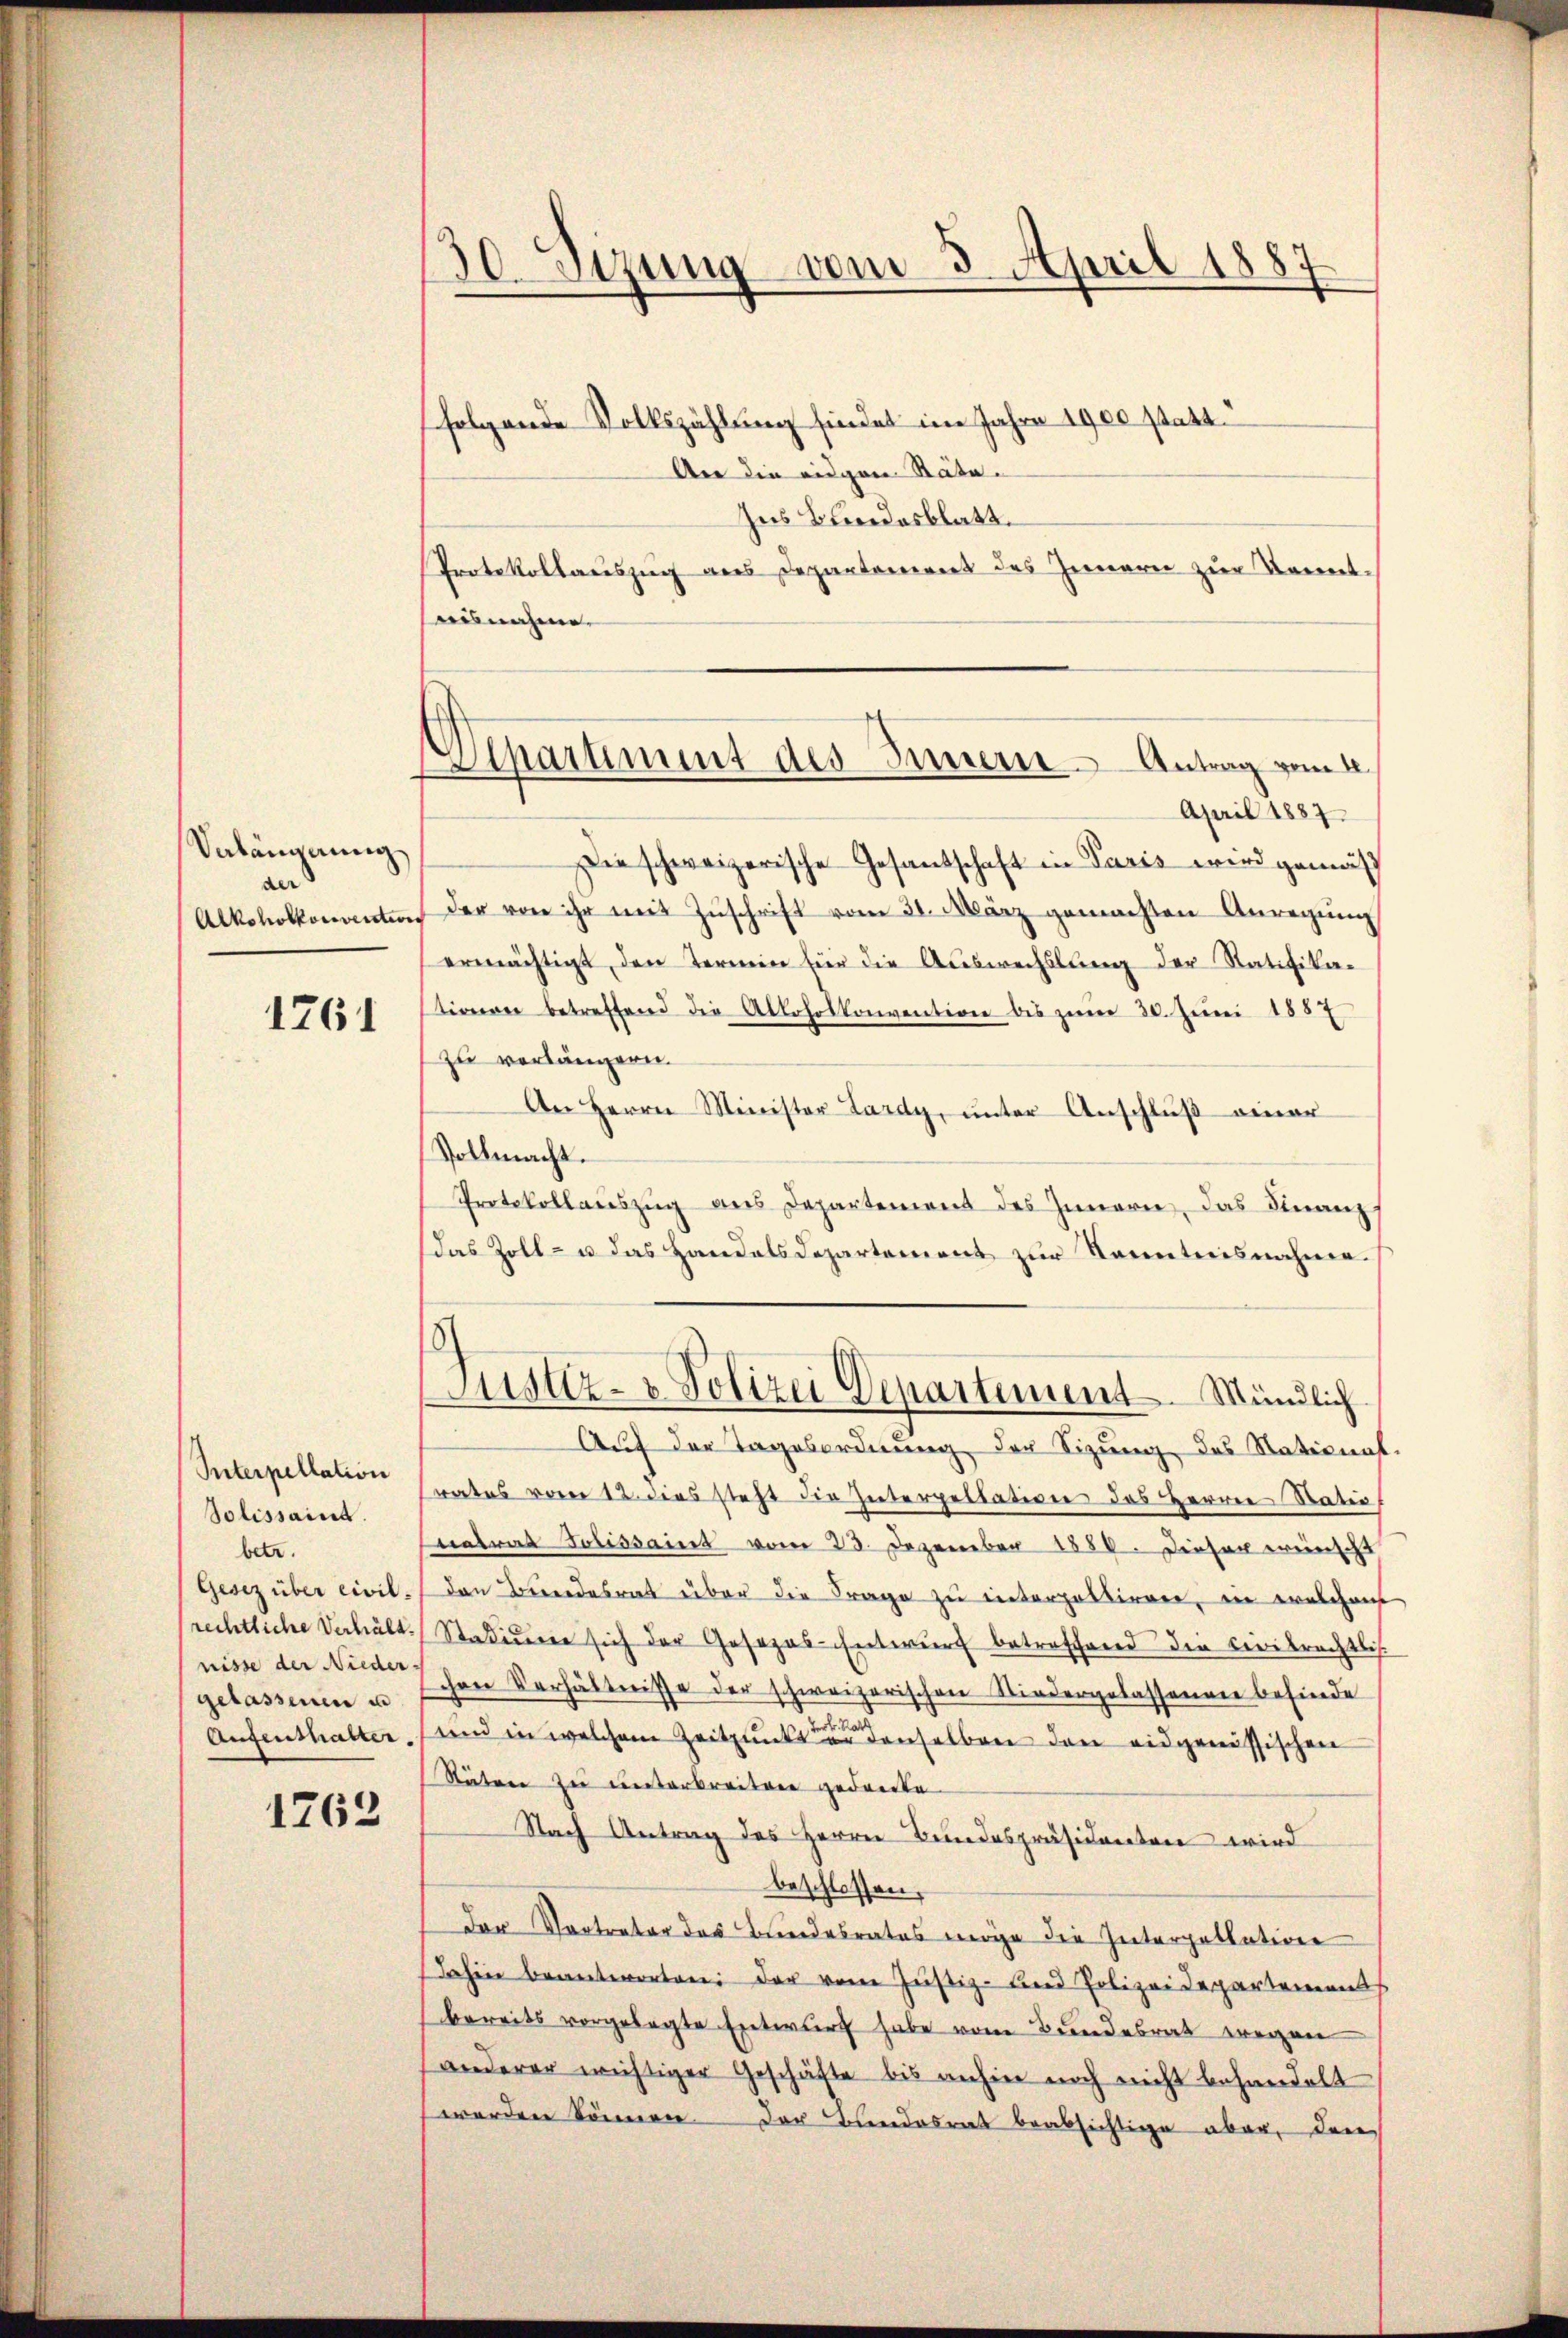
Veländerung
and
Alkoholkonventen

1761

Interpellation
Solissait.
betr.
Gesez über civil,
rechtliche Verhält.
nisse der Nieder
gelassenen un
Aufenthalter,

1763

30 Stzung vom 3. April 1887

folgende Volkszählung findet im Jahre 1900 statt
An die eidgen Räte¬
Ins Bundesblatt.
Protokollauszug aus Departement des Innern zur konnt
ausnahme.
Die schweizerische Gesandschaft in Paris wird gemäß
Der von ihr mit Zuschrift vom 31. März gemachten Anregung
ermächtigt, den Termin für die Auswechslung der Ratifikatinneren betreffend die Alkoholkonvention bis zŭm 30. Juni 1857
zu verlängern.
An Herrn Minister Lardy, ŭnter Anschlŭβ einer
Vollmacht.
Protokollauszug aus Departement des Innern, das Finanz
Das Zoll- u. das Handels Departement zur Kenntnisnahme.
Justiz- & Polizei Departement Mündlich
Auf der Tagesordnung der Sizung des Nationes
rates vom 12. dies steht die Interpellation des Herrn Ratio
natrat Folissait vom 23. Dezember 1886. Dieser wünscht
den Bundesrat über die Frage zu interpalliren, in welchens
Stadium sich der Gesezes-Entwurf betreffend der Civilrechtlich
Schen Verhältnisse der schweizerischen Niedergelassenen befinde
und in welchem Zeitpunkt denselben den eidgenössischen
Stätten zu weiterbreitere gedrucke
Nach Antrag des Herrn Bundespräsidenten wird
beschlossen,
Der Vertreter des Bundesrates möge die Interpellation
dahin beantworten der vom Justiz- und Polizeidepartements
bereits vorgelegte Entwurf habe vom Bundesrat wegen
anderer wichtiger Geschäfte bis anhin noch nicht behandelt
werden können. Der Bundesrat beabsichtige aber, den

Aparument des Innern - Antrag vom 2.
April 1887